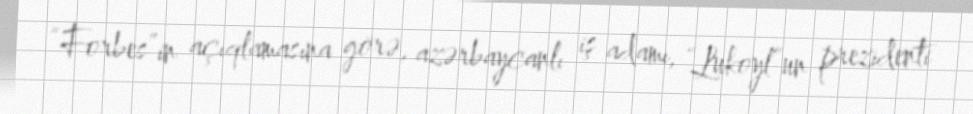
“Forbes”in açıqlamasına görə, azərbaycanlı iş adamı, “Lukoyl”un prezidenti